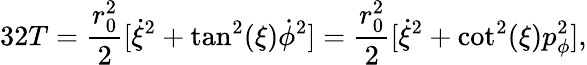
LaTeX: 32T={\frac{r_{0}^{2}}{2}}[\dot{\xi}^{2}+\tan^{2}(\xi)\dot{\phi}^{2}]={\frac{r_{0}^{2}}{2}}[\dot{\xi}^{2}+\cot^{2}(\xi)p_{\phi}^{2}],